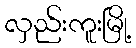
လှည်းကူးမြို့